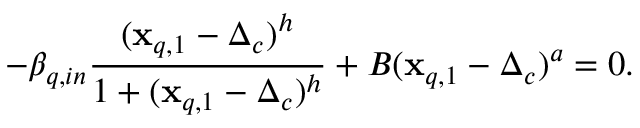
- \beta _ { q , i n } \frac { ( \mathbf { x } _ { q , 1 } - \Delta _ { c } ) ^ { h } } { 1 + ( \mathbf { x } _ { q , 1 } - \Delta _ { c } ) ^ { h } } + B ( \mathbf { x } _ { q , 1 } - \Delta _ { c } ) ^ { a } = 0 .